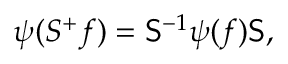
\psi ( S ^ { + } f ) = { \sf { S } } ^ { - 1 } \psi ( f ) { \sf { S } } ,